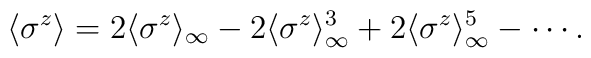
\langle\sigma^z\rangle =  2\langle\sigma^z\rangle_\infty  -2\langle\sigma^z\rangle_\infty^3  +2\langle\sigma^z\rangle_\infty^5  -\cdots.